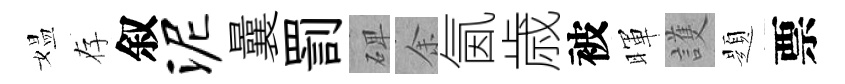
媪存叙泥曩罰𥓓余氤歳被暉護題票